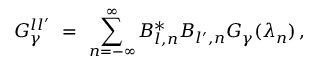
G _ { \gamma } ^ { l l ^ { \prime } } \ = \ \sum _ { n = - \infty } ^ { \infty } B _ { l , n } ^ { \ast } B _ { l ^ { \prime } , n } G _ { \gamma } ( \lambda _ { n } ) \, ,